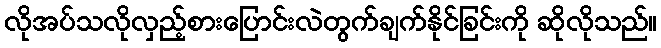
လိုအပ်သလိုလှည့်စားပြောင်းလဲတွက်ချက်နိုင်ခြင်းကို ဆိုလိုသည်။